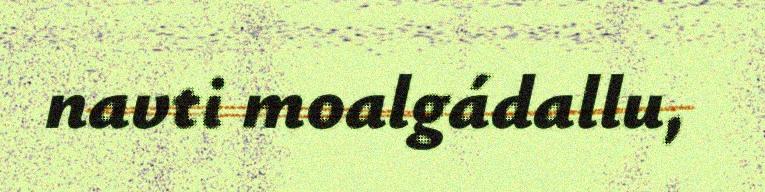
navti moalgádallu,